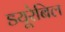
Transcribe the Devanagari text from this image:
डयूरेबिल